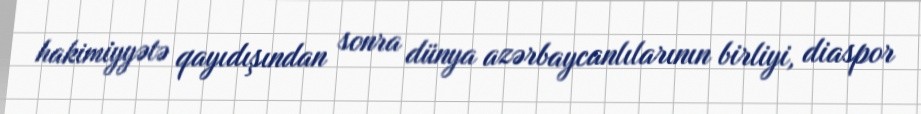
hakimiyyətə qayıdışından sonra dünya azərbaycanlılarının birliyi, diaspor